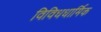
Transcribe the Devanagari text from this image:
विविधधार्मिक